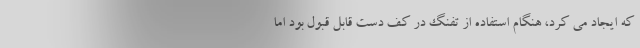
که ایجاد می کرد، هنگام استفاده از تفنگ در کف دست قابل قبول بود اما